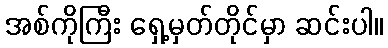
အစ်ကိုကြီး ရှေ့မှတ်တိုင်မှာ ဆင်းပါ။